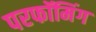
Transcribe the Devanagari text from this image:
परफॉमिंग